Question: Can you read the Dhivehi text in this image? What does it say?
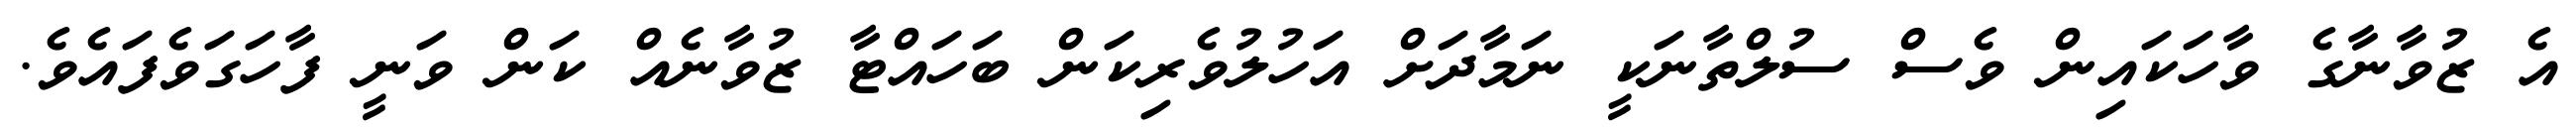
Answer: އެ ޒުވާނާގެ ވާހަކައިން ވެސް ސުލްތާނަކީ ނަމާދަށް އަހުލުވެރިކަން ބަހައްޓާ ޒުވާނެއް ކަން ވަނީ ފާހަގަވެފައެވެ.